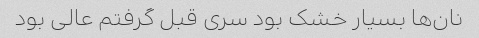
نان‌ها بسیار خشک بود سری قبل گرفتم عالی بود